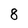
Character: 8